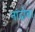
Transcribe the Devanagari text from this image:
नांदोबा